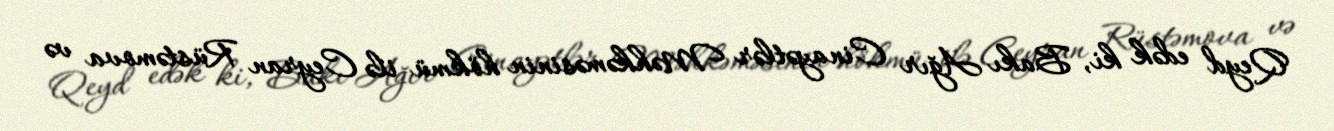
Qeyd edək ki, Bakı Ağır Cinayətlər Məhkəməsinin hökmü ilə Ceyran Rüstəmova və